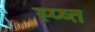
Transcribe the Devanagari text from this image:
स्प्ष्त